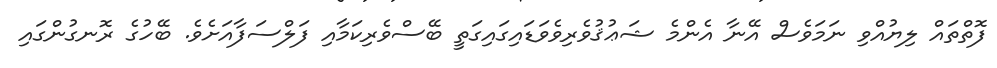
ފޮތްތައް ލިޔުއްވި ނަމަވެސް އޭނާ އެންމެ ޝަޢުޤުވެރިވެވަޑައިގައިގަތީ ބޭސްވެރިކަމާއި ފަލްސަފާއަށެވެ. ބޭހުގެ ރޮނގުންގައި